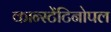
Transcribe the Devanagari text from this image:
कान्स्टेंटिनोपल